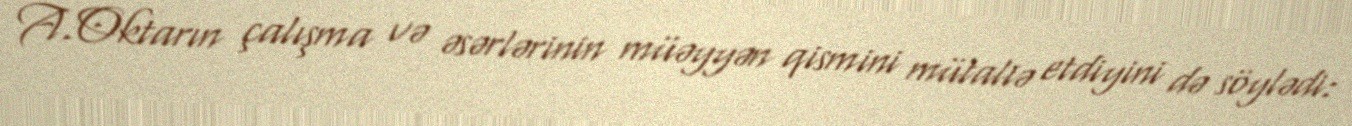
A.Oktarın çalışma və əsərlərinin müəyyən qismini mütaliə etdiyini də söylədi: